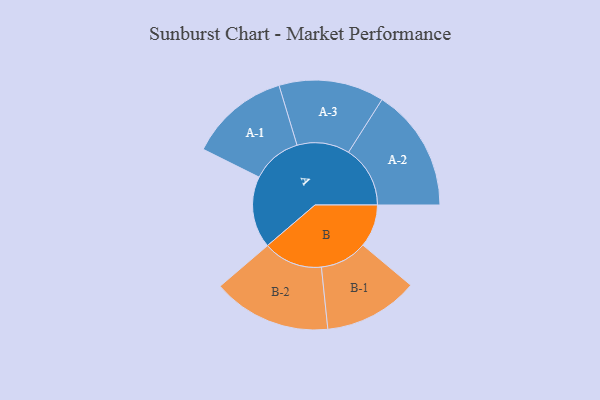
{"axis": {"x": "Segment", "y": "Value"}, "legend": ["", "A", "B"], "data": [{"x": "A", "y": 334, "type": ""}, {"x": "B", "y": 199, "type": ""}, {"x": "A-1", "y": 233, "type": "A"}, {"x": "A-2", "y": 287, "type": "A"}, {"x": "A-3", "y": 245, "type": "A"}, {"x": "B-1", "y": 220, "type": "B"}, {"x": "B-2", "y": 276, "type": "B"}]}